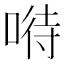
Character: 𠸤